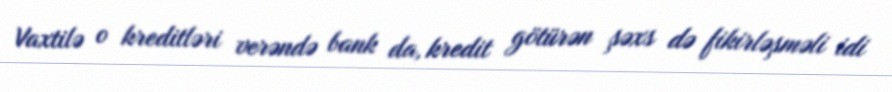
Vaxtilə o kreditləri verəndə bank da, kredit götürən şəxs də fikirləşməli idi